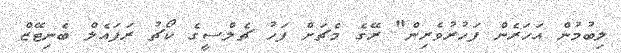
ލިބުމުން އަހަރެން ފަހުރުވެރިން" ރޭގެ މެޗަށް ފަހު ޗެލްސީގެ ކޯޗު ރަފައެލް ބެނިޓޭޒް